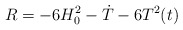
\begin{align*}R = -6 H^{2}_{0}- \dot{T}- 6 T^{2}(t)\end{align*}